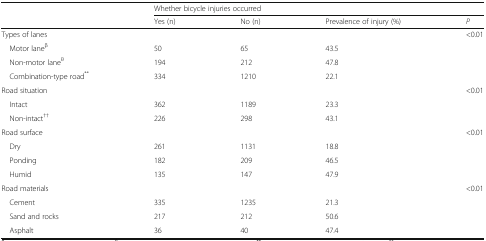
<table><thead><tr><td></td><td colspan="4"><b>Whether bicycle injuries occurred</b></td></tr><tr><td></td><td><b>Yes (n)</b></td><td><b>No (n)</b></td><td><b>Prevalence of injury (%)</b></td><td><b><i>P</i></b></td></tr></thead><tbody><tr><td>Types of lanes</td><td></td><td></td><td></td><td>&lt;0.01</td></tr><tr><td> Motor lane<sup>β</sup></td><td>50</td><td>65</td><td>43.5</td><td></td></tr><tr><td> Non-motor lane<sup>θ</sup></td><td>194</td><td>212</td><td>47.8</td><td></td></tr><tr><td> Combination-type road<sup>**</sup></td><td>334</td><td>1210</td><td>22.1</td><td></td></tr><tr><td>Road situation</td><td></td><td></td><td></td><td>&lt;0.01</td></tr><tr><td> Intact</td><td>362</td><td>1189</td><td>23.3</td><td></td></tr><tr><td> Non-intact<sup>††</sup></td><td>226</td><td>298</td><td>43.1</td><td></td></tr><tr><td>Road surface</td><td></td><td></td><td></td><td>&lt;0.01</td></tr><tr><td> Dry</td><td>261</td><td>1131</td><td>18.8</td><td></td></tr><tr><td> Ponding</td><td>182</td><td>209</td><td>46.5</td><td></td></tr><tr><td> Humid</td><td>135</td><td>147</td><td>47.9</td><td></td></tr><tr><td>Road materials</td><td></td><td></td><td></td><td>&lt;0.01</td></tr><tr><td> Cement</td><td>335</td><td>1235</td><td>21.3</td><td></td></tr><tr><td> Sand and rocks</td><td>217</td><td>212</td><td>50.6</td><td></td></tr><tr><td> Asphalt</td><td>36</td><td>40</td><td>47.4</td><td></td></tr></tbody></table>